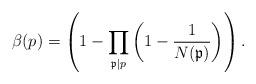
LaTeX: \begin{align*}\beta(p)=\left(1-\prod_{\mathfrak{p}|p}\left(1-\frac{1}{N(\mathfrak{p})}\right)\right).\end{align*}